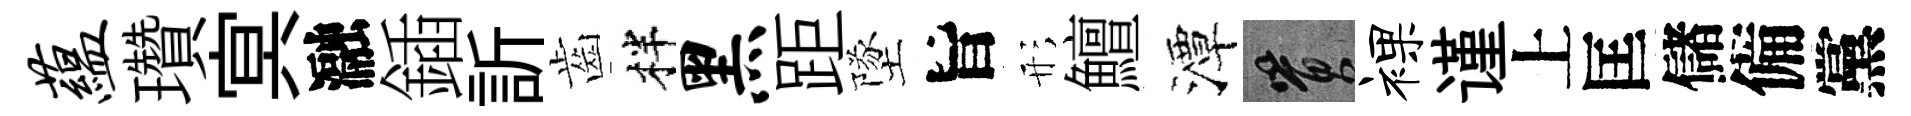
蕴瓚㝠瀜鍤訢齒柈黑距墜旨形鱣潭篔裸谨上匡儲備黨